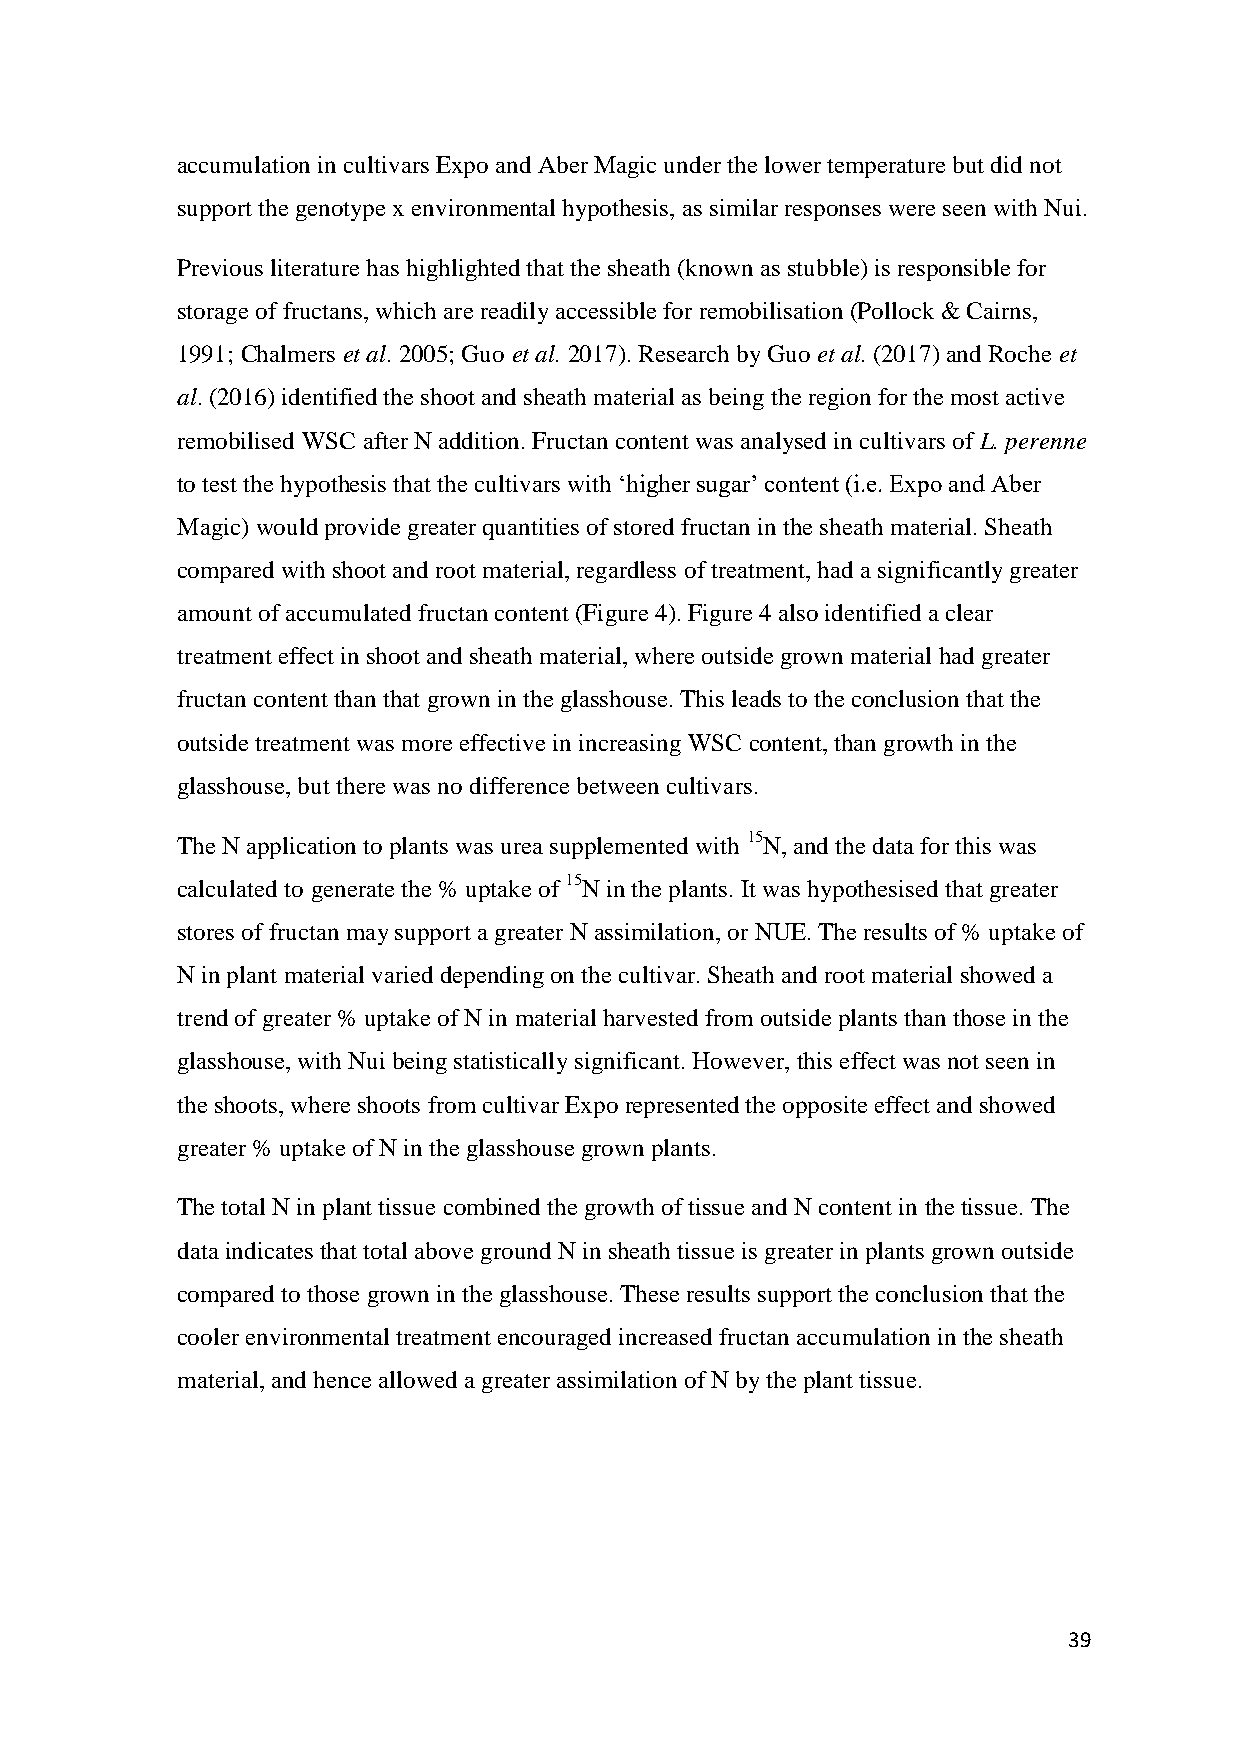
accumulation in cultivars Expo and Aber Magic under the lower temperature but did not
 support the genotype x environmental hypothesis, as similar responses were seen with Nui.
 Previous literature has highlighted that the sheath (known as stubble) is responsible for
 storage of fructans, which are readily accessible for remobilisation (Pollock & Cairns,
 1991; Chalmers et al. 2005; Guo et al. 2017). Research by Guo et al. (2017) and Roche et
 al. (2016) identified the shoot and sheath material as being the region for the most active
 remobilised WSC after N addition. Fructan content was analysed in cultivars of L. perenne
 to test the hypothesis that the cultivars with ‘higher sugar’ content (i.e. Expo and Aber
 Magic) would provide greater quantities of stored fructan in the sheath material. Sheath
 compared with shoot and root material, regardless of treatment, had a significantly greater
 amount of accumulated fructan content (Figure 4). Figure 4 also identified a clear
 treatment effect in shoot and sheath material, where outside grown material had greater
 fructan content than that grown in the glasshouse. This leads to the conclusion that the
 outside treatment was more effective in increasing WSC content, than growth in the
 glasshouse, but there was no difference between cultivars.
 The N application to plants was urea supplemented with 15N, and the data for this was
 calculated to generate the % uptake of 15N in the plants. It was hypothesised that greater
 stores of fructan may support a greater N assimilation, or NUE. The results of % uptake of
 N in plant material varied depending on the cultivar. Sheath and root material showed a
 trend of greater % uptake of N in material harvested from outside plants than those in the
 glasshouse, with Nui being statistically significant. However, this effect was not seen in
 the shoots, where shoots from cultivar Expo represented the opposite effect and showed
 greater % uptake of N in the glasshouse grown plants.
 The total N in plant tissue combined the growth of tissue and N content in the tissue. The
 data indicates that total above ground N in sheath tissue is greater in plants grown outside
 compared to those grown in the glasshouse. These results support the conclusion that the
 cooler environmental treatment encouraged increased fructan accumulation in the sheath
 material, and hence allowed a greater assimilation of N by the plant tissue.
 39